Vaccination in the Punjab 1905-1918 - 1905-1918
Year: 1905
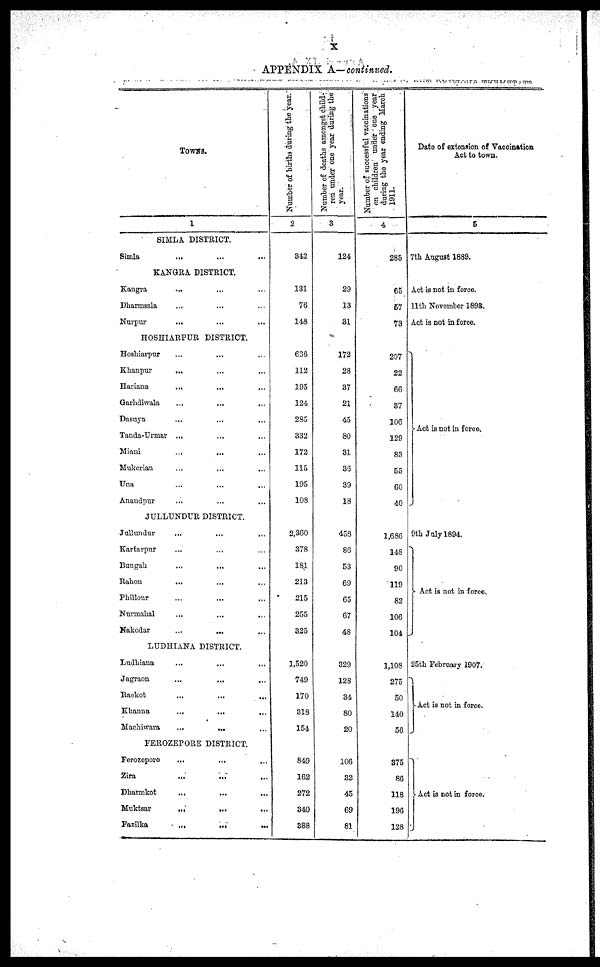
x
APPENDIX A—continued.
TOWNS.
1
SIMLA DISTRICT.
Simla ... ... ...
KANGRA DISTRICT.
Kangra
...
... ...
Dharmsala
... ... ...
Nurpur ... ... ...
HOSHIARPUR DISTRICT.
Hoshiarpur ... ... ...
Khanpur ... ... ...
Hariana
... ... ...
Garhdiwala ... ... ...
Dasuya ... ... ...
Tanda-Urmar ... ... ...
Miani ... ... ...
Mukerian ... ... ...
Una ... ... ...
Anandpur ... ... ...
JULLUNDUR DISTRICT.
Jullundur ... ... ...
Kartarpur ... ... ...
Bungah ... ... ...
Rahon
... ... ...
Phillour ... ... ...
Nurmahal
...
...
...
Nakodar ... ... ...
LUDHIANA DISTRICT.
Ludhiana ... ... ...
Jagraon
...
...
...
Raekot
...
...
...
Khanna ... ... ...
Machiwara
...
... ...
FEROZEPORE DISTRICT.
Ferozepore
Zira
...
... ...
Dharmkot
...
...
...
Muktsar
...
...
...
Fazilka
...
... ...
Number of births during the year.
2
342
131
76
148
636
112
195
124
285
332
172
115
195
108
2,360
378
181
213
215
255
325
1,520
749
170
318
154
849
162
272
340
388
Number of deaths amongst child-
ren under one year during the
year.
3
124
29
13
31
172
28
37
21
45
80
31
36
39
18
458
86
53
69
65
67
48
329
128
34
80
20
106
32
45
69
81
Number of successful vaccinations
on children under one year
during the year ending March
1911.
4
285
65
57
73
207
22
66
87
106
129
83
55
60
40
1,686
148
90
119
82
106
104
1,108
275
50
140
56
375
86
118
196
128
Date of extension of Vaccination
Act to town.
5
7th August 1889.
Act is not in force.
11th November 1898
Act is not in force.
Act is not in force.
9th July 1894.
Act is not in force.
25th February 1907.
Act is not in force.
Act is not in force.